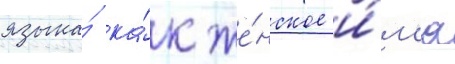
языка́ ка́к же́нское и́м'я